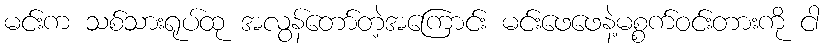
မင်းက သစ်သားရုပ်ထု အလွန်တော်တဲ့အကြောင်း မင်းဖေဖေနဲ့မစ္စက်ဝင်းတားကို ငါ